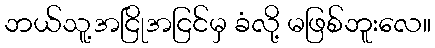
ဘယ်သူ့အငြိုအငြင်မှ ခံလို့ မဖြစ်ဘူးလေ။